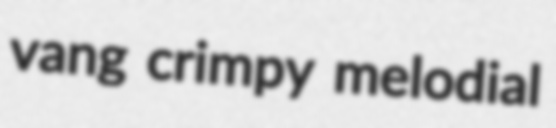
vang crimpy melodial